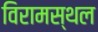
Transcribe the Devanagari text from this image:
विरामस्थल